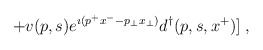
\begin{align*}\;+ v(p,s)e^{\imath (p^+x^- - p_\perp x_\perp)}d^\dagger(p,s,x^+)]\;,\end{align*}